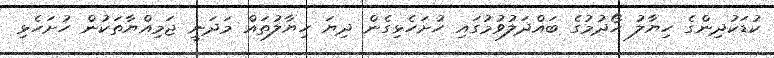
ކުޑަކުދިންގެ ހިޔާލު ހޯދުމުގެ ބައްދަލުވުމުގައި ހުށަހެޅިގެން ދިޔަ ހިޔާލުތައް މަދަނީ ޖަމިއްޔާތަކުން ހުށަހެޅި